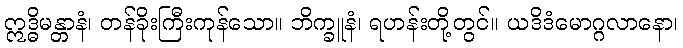
ဣဒ္ဓိမန္တာနံ၊ တန်ခိုးကြီးကုန်သော။ ဘိက္ခူနံ၊ ရဟန်းတို့တွင်။ ယဒိဒံမောဂ္ဂလာနော၊